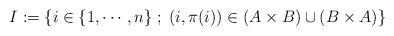
LaTeX: \begin{align*} I := \left\{ i \in \{1,\cdots,n\} \; ; \; (i,\pi(i))\in (A\times B)\cup (B\times A) \right\} \end{align*}